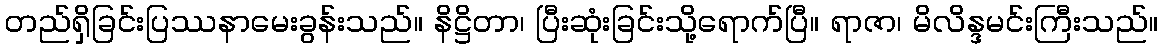
တည်ရှိခြင်းပြဿနာမေးခွန်းသည်။ နိဋ္ဌိတာ၊ ပြီးဆုံးခြင်းသို့ရောက်ပြီ။ ရာဇာ၊ မိလိန္ဒမင်းကြီးသည်။